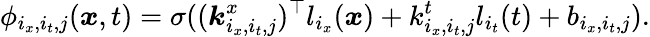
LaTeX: \phi_{i_{x},i_{t},j}(\boldsymbol{x},t)=\sigma((\boldsymbol{k}_{i_{x},i_{t},j}^{x})^{\top}l_{i_{x}}(\boldsymbol{x})+k_{i_{x},i_{t},j}^{t}l_{i_{t}}(t)+b_{i_{x},i_{t},j}).